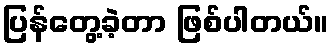
ပြန်တွေ့ခဲ့တာ ဖြစ်ပါတယ်။